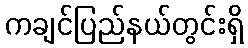
ကချင်ပြည်နယ်တွင်းရှိ